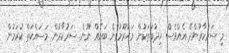
މި ސަރުކާރުންދޭ އެއްވެސް ޚިދުމަތަކުން މަޙުރޫމުވާނެ ބައެއް ނޫން. ސަރުކާރުން މަސައްކަތް ކުރަމުން